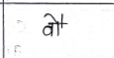
मजकूर: वौ